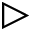
\triangleright